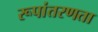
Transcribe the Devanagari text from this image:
रूपांतरणता